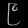
Digit: ၉